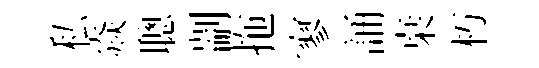
私焱聰剬拖寥誦桒朽